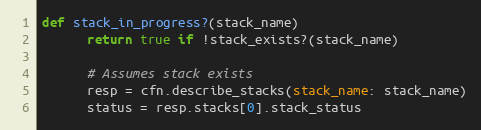
Language: Ruby
def stack_in_progress?(stack_name)
      return true if !stack_exists?(stack_name)

      # Assumes stack exists
      resp = cfn.describe_stacks(stack_name: stack_name)
      status = resp.stacks[0].stack_status